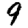
Digit: 9